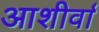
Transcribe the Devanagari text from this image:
आशीर्वा